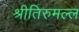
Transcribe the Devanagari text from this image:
श्रीतिरुमल्ल